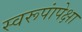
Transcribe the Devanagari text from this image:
स्वरूपांपेक्षा